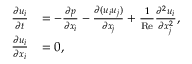
\begin{array} { r l } { \frac { \partial u _ { i } } { \partial t } } & { = - \frac { \partial p } { \partial x _ { i } } - \frac { \partial ( u _ { i } u _ { j } ) } { \partial x _ { j } } + \frac { 1 } { \mathrm { R e } } \frac { \partial ^ { 2 } u _ { i } } { \partial x _ { j } ^ { 2 } } , } \\ { \frac { \partial u _ { i } } { \partial x _ { i } } } & { = 0 , } \end{array}